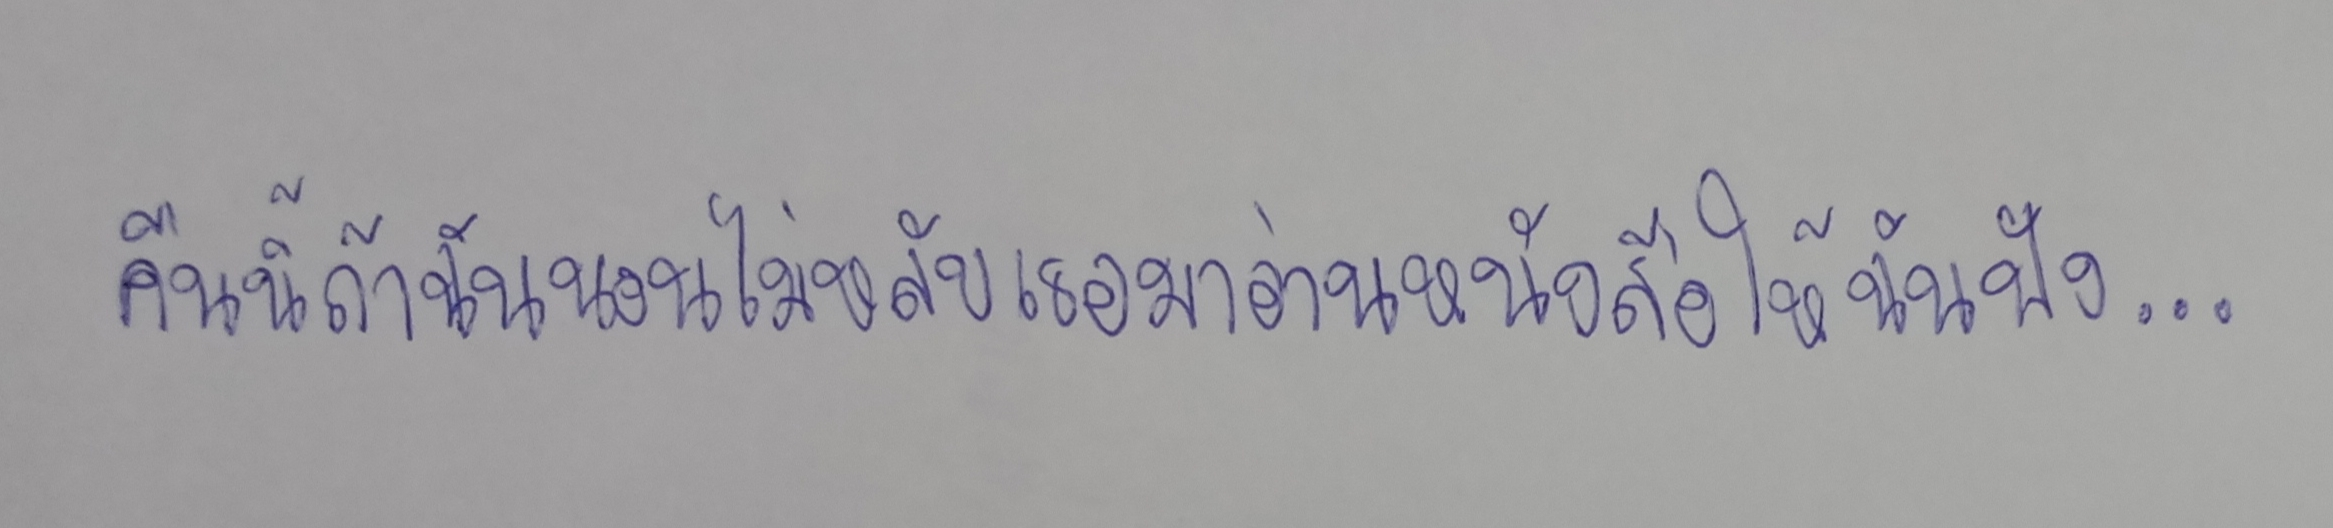
คืนนี้ถ้าฉันนอนไม่หลับเธอมาอ่านหนังสือให้ฉันฟัง...